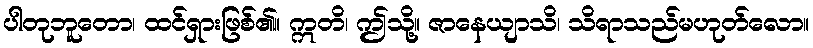
ပါတုဘူတော၊ ထင်ရှားဖြစ်၏။ ဣတိ၊ ဤသို့။ ဇာနေယျာသိ၊ သိရာသည်မဟုတ်လော။